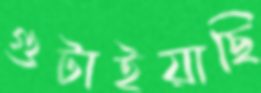
গুটাইয়াছি